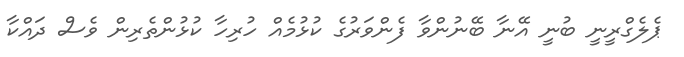
ޕެލެގްރީނީ ބުނީ އޭނާ ބޭނުންވާ ފެންވަރުގެ ކުޅުމެއް ހުރިހާ ކުޅުންތެރިން ވެސް ދައްކާ